Leaving Certificate, 1898
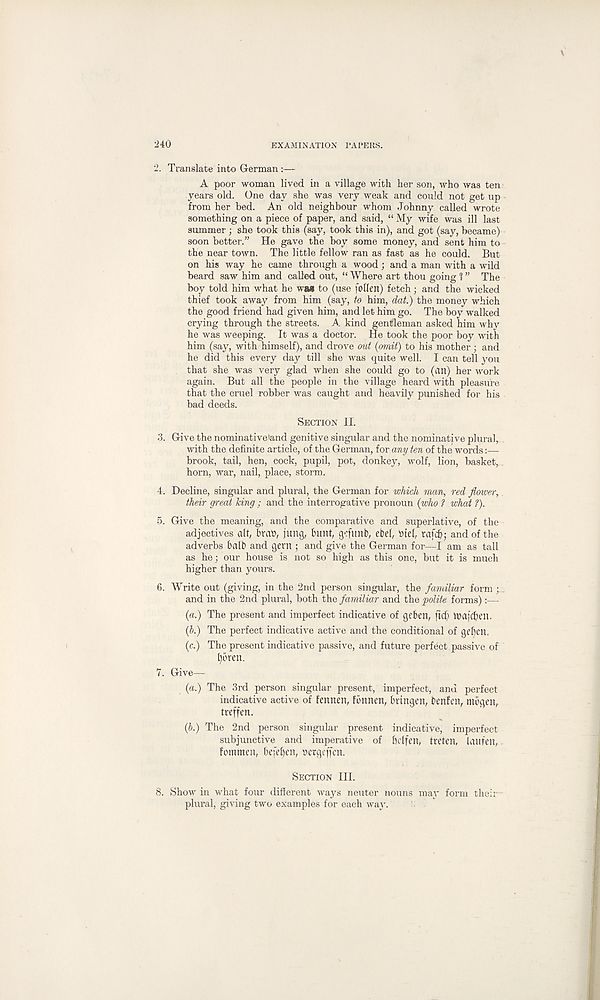
240
EXAMINATION PAPERS.
2.
Translate into German
A poor woman lived in a village with her son, who was ten'
years old. One day she was very weak and could not get up
from her bed. An old neighbour whom Johnny called wrote
something on a piece of paper, and said, “ My wife was ill last
summer; she took this (say, took this in), and got (say, became)
soon better.” He gave the boy some money, and sent him to
the near town. The little fellow ran as fast as he could. But
on his way he came through a wood; and a man with a wild
beard saw him and called out, “ Where art thou going 1 ” The
boy told him what he wa» to (use follen) fetch; and the wicked
thief took away from him (say, to him, dat.) the money which
the good friend had given him, and let him go. The boy walked
crying through the streets. A kind gentleman asked him why
he was weeping. It was a doctor. He took the poor boy with
him (say, with himself), and drove oiii {omit) to his mother ; and
he did this every day till she was quite well. I can tell you
that she was very glad when she could go to (an) her work
again. But all the people in the village heard with pleasure
that the cruel robber was caught and heavily punished for his
bad deeds.
SECTION II.
3. Give the nominative'and genitive singular and the nominative plural, .
with the definite article, of the German, for any ten of the words:—
brook, tail, hen, cock, pupil, pot, donkey, wolf, lion, basket, ,
horn, war, nail, place, storm.
4. Decline, singular and plural, the German for which man, red flower,
their great king ; and the interrogative pronoun {who ? what ?).
5. Give the meaning, and the comparative and superlative, of the
adjectives alt, bra», jung, bunt, gcfimb, ebcl, »tel, rat’d); and of the
adverbs bait and gern ; and give the German for—I am as tall
as he; our house is not so high as this one, but it is much
higher than yours.
6. Write out (giving, in the 2nd person singular, the familiar form ; .
and in the 2nd plural, both the familiar and the polite forms) •—
{a.) The present and imperfect indicative of geben, ftd) U)ajd)en.
(5.) The perfect indicative active and the conditional of gef)cn.
(c.) The present indicative passive, and future perfect passive of
fjbren.
7. Give—
{a.) The 3rd person singular present, imperfect, and perfect
indicative active of fennen, fbttnen, brtngen, benfen, mogen,
treffen.
(b.) The 2nd person singular present indicative, imperfect
subjunctive and imperative of bclfett, treten, laufen,
fommen, befdjen, nergeffcn.
SECTION III.
8. Show in what four different ways neuter nouns may form their-
plural, giving two examples for each way.